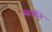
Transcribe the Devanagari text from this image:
स्वार्थाने